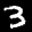
Label: 3